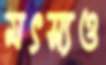
মৎস্যও